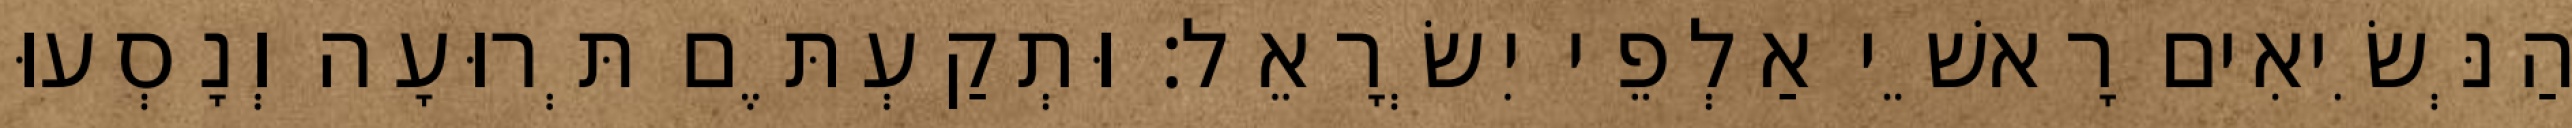
הַנְּשִׂיאִים רָאשֵׁי אַלְפֵי יִשְׂרָאֵל׃ וּתְקַעְתֶּם תְּרוּעָה וְנָסְעוּ